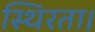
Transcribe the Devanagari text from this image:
स्थिरता।